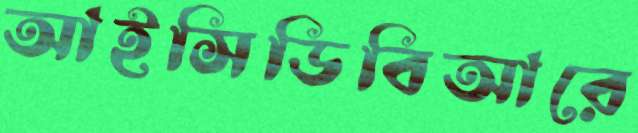
আইসিডিবিআরে